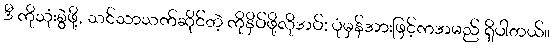
ဒီ ကိုသုံးစွဲဖို့, သင်သာသက်ဆိုင်တဲ့ ကိုနှိပ်ဖို့လိုအပ်; ပုံမှန်အားဖြင့်ကအမည် ရှိပါတယ်။